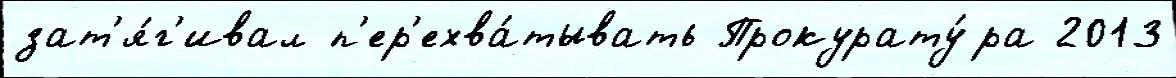
зат'я́г'ивал п'ер'ехва́тывать Прокурату́ра 2013